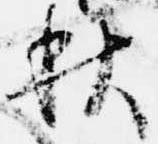
秋